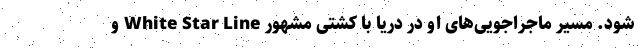
شود. مسیر ماجراجویی‌های او در دریا با کشتی مشهور White Star Line و